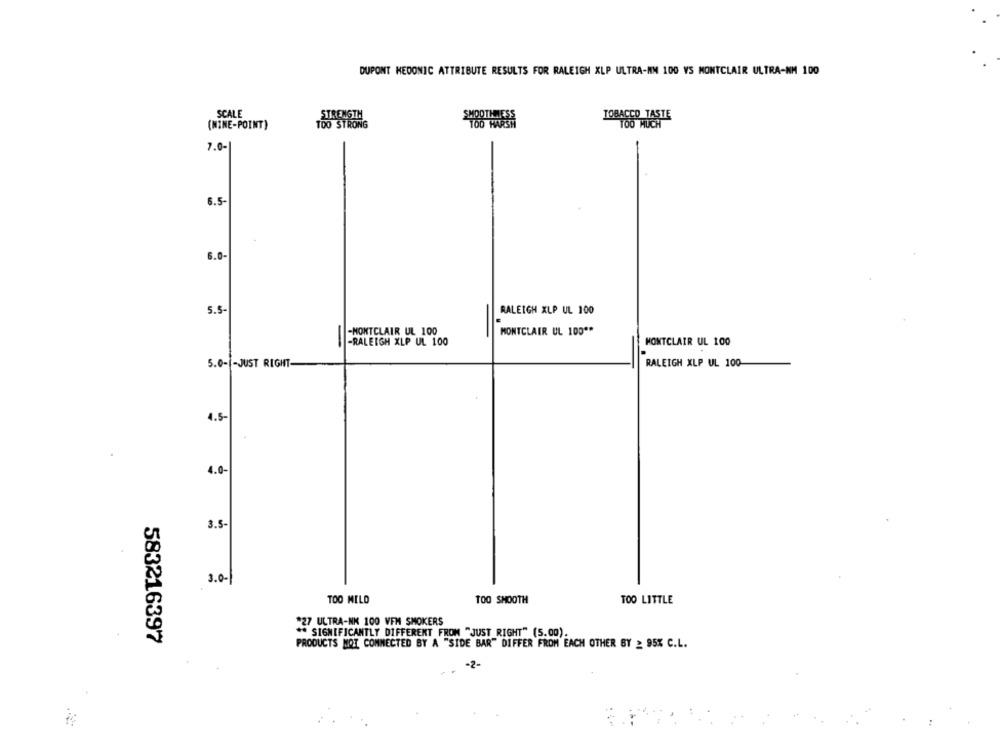
DUPONT MEDONIC ATTRIBUTE RESULTS FOR RALEIGH XLP ULTRA-MM 100 VS MONTCLAIR ULTRA-NM 100
SCALE
STRENGTH
SMOOTHNESS
TOBACCO TASTE
(NINE-POINT)
TOO STRONG
7.0-
6.5
6.0.
5.5
RALEIGH XLP UL 100
-MONTCLAIR UL 100
MONTCLAIR UL 100 **
-
-RALEIGH XLP UL 100
MONTCLAIR UL 100
5.0 -- JUST RIGHT-
RALEIGH XLP UL 100
4.5-
4.0-
3.5-
3.0-1
TOO MILO
TOO SMOOTH
TOO LITTLE
227 ULTRA-NK 100 VFM SMOKERS
** SIGNIFICANTLY DIFFERENT FROM "JUST RIGHT" (5.00).
583216397
PRODUCTS MOT COMMECTED BY A "SIDE BAR" DIFFER FROM EACH OTHER BY _ 95% C.L.
-2-
. ..